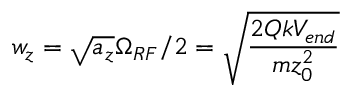
w _ { z } = \sqrt { a _ { z } } \Omega _ { R F } / 2 = \sqrt { \frac { 2 Q k V _ { e n d } } { m z _ { 0 } ^ { 2 } } }